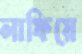
লাফিয়ে